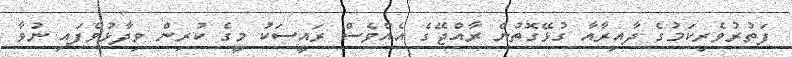
ފަތުރުވެރިކަމުގެ ދާއިރާއާ ގުޅޭގޮތުން ރާއްޖޭގެ އެއްވެސް ރައީސަކު މީގެ ކުރިން ވިދާޅުވެފައި ނުވާ